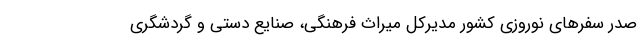
صدر سفر‌های نوروزی کشور مدیرکل میراث فرهنگی، صنایع دستی و گردشگری